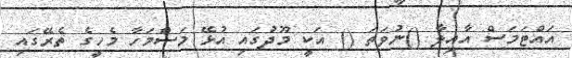
އައްޓަމަސް އާއިލާ ()ނުވަތަ () އަކީ މޫދުގައި އުޅޭ މަސްމަހާ މެހީގެ ތެރޭގައި